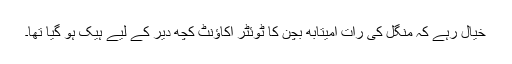
خیال رہے کہ منگل کی رات امیتابھ بچن کا ٹوئٹر اکاؤنٹ کچھ دیر کے لیے ہیک ہو گیا تھا۔